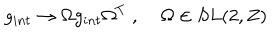
g _ { i n t } \rightarrow \Omega g _ { i n t } \Omega ^ { T } \; , \; \Omega \in S L ( 2 , Z )